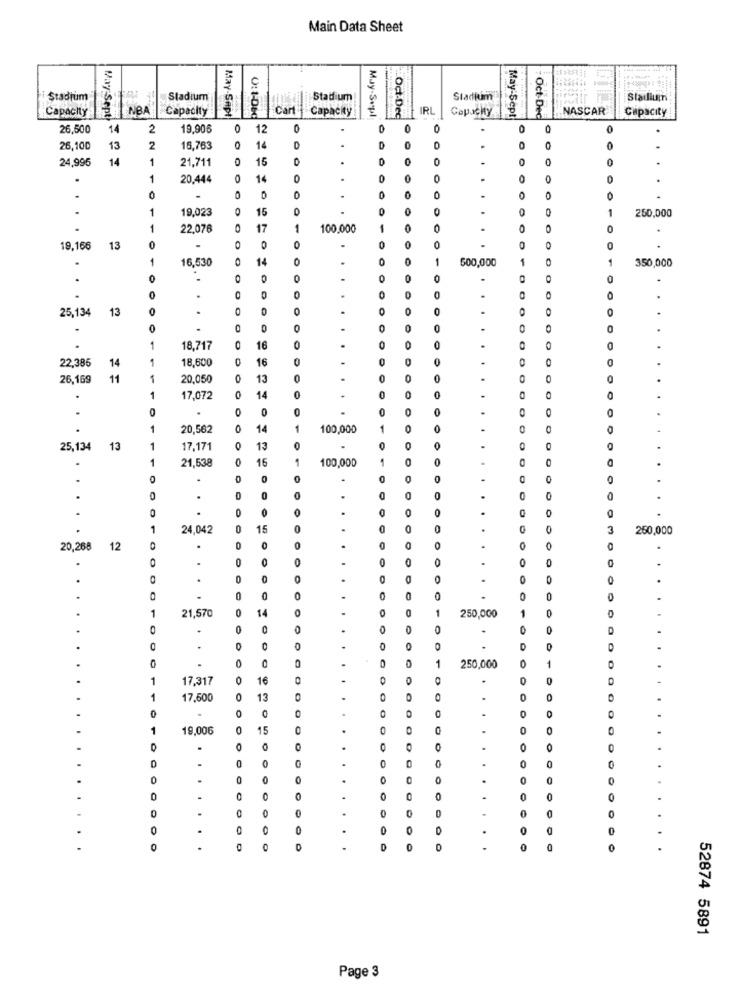
Main Data Sheet
Stadium
Stadium
Stadium
Stadium
Stadium
Capacity
NBA
Capacity
May-Sept
0: 1-060
Cart
Capacity
Oct-Dec
IRL
Capacity
May-Sept
Oct-Dec
NASCAR
Capacity
May:Sept
May-Sepl
26,500
14
2
19,906
O
12
0
O
O
0
26,100
13
2
16,763
14
D
.
D
0
0
24,995
14
1
21,711
0
15
O
0
0
.
.
1
20,444
14
0
.
0
0
0
.
0
0
.
0
0
0
1
19,023
0
15
0
.
250,000
1
22.076
17
1
100.000
-
0
0
19,166
13
0
-
O
0
0
.
16,530
14
0
0
0
-
500,000
1
1
350,000
0
O
0
0
0
O
.
0
0
0
0
25,134
13
0
0
O
.
0
0
0
0
.
1
18.717
O
16
0
0
22,385
1
18,600
0
16
0
0
.
14
26,169
11
1
20,050
13
0
.
0
0
.
1
.
17,072
0
14
0
0
0
0
0
0
.
1
20,562
0
14
100,000
25,134
13
1
17,171
13
0
1
21,538
0
16
100,000
0
.
0
0
.
.
0
0
.
0
O
0
.
0
1
24,042
0
15
.
.
0
250,000
20,268
12
.
.
.
.
0
.
0
0
.
.
.
0
1
21,570
0
14
0
.
1
250,000
1
0
.
D
.
0
D
0
.
0
1
250,000
1
.
.
1
17,317
0
16
1
17.600
13
.
0
0
0
1
19,006
0
15
.
0
.
.
0
.
.
.
1
.
.
0
.
.
0
O
.
D
0
0
52874 5891
Page 3